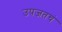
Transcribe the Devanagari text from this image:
उपजतचं